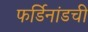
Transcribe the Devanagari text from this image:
फर्डिनांडची